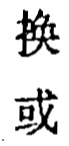
换 或